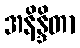
အနိန္ဒိတာ